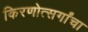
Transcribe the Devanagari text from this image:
किरणोत्सर्गांचा